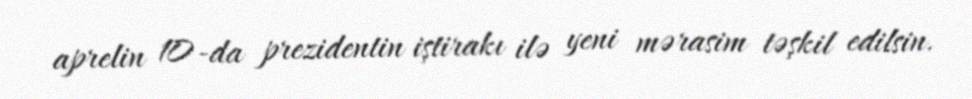
aprelin 10-da prezidentin iştirakı ilə yeni mərasim təşkil edilsin.